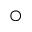
\bigcirc